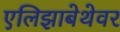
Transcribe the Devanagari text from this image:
एलिझाबेथेवर